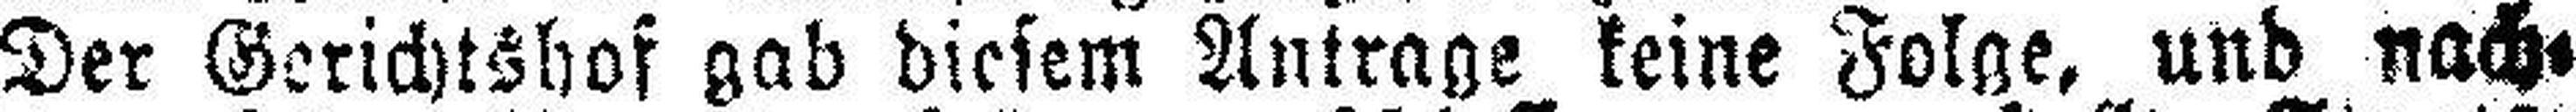
Der Gerichtshof gab diesem Antrage keine Folge, und nach¬